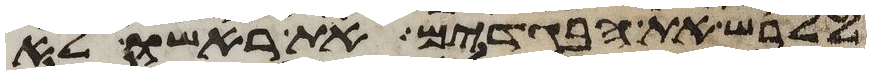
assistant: ללבש את הבגדים את ראשו לא